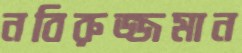
নবিরুজ্জমান